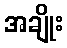
အချိုး